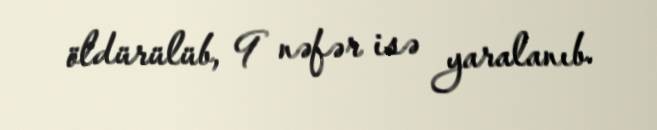
öldürülüb, 9 nəfər isə yaralanıb.